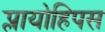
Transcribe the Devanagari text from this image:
प्लायोहिपस